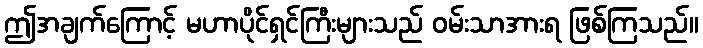
ဤအချက်ကြောင့် မဟာပိုင်ရှင်ကြီးများသည် ဝမ်းသာအားရ ဖြစ်ကြသည်။